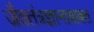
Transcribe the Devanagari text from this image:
जैवतंत्रज्ञानाबाबत